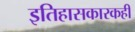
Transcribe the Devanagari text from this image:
इतिहासकारकही